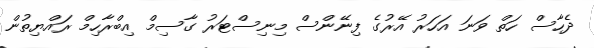
ދެހާސް ހަތް ވަނަ އަހަރު އޭރުގެ ފިނޭންސް މިނިސްޓަރު ގާސިމް އިބްރާހިމް ރައްޔިތުން